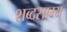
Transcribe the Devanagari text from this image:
शब्दसाम्य